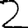
Digit: 2